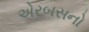
એરબસનો